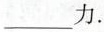
____力。